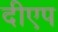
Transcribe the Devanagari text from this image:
दीएप